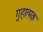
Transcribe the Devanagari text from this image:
गुहात्मक